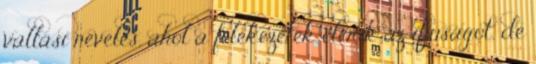
vallási nevelés, ahol a felekezetek elérik az ifjúságot, de